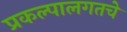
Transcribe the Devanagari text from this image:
प्रकल्पालगतचे